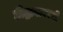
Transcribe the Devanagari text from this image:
छीद्रानावरची